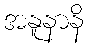
အနူနာနိ